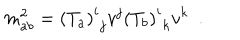
m _ { a b } ^ { 2 } = \left( T _ { a } \right) _ { \, \, j } ^ { i } v ^ { j } \left( T _ { b } \right) _ { \, \, k } ^ { i } v ^ { k } ~ ~ .